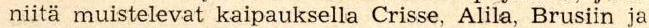
niitä muistelevat kaipauksella Crisse, Alila, Brusiin ja